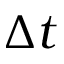
\Delta t